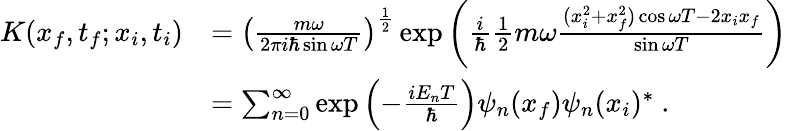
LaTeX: {\begin{array}{rl}{K(x_{f},t_{f};x_{i},t_{i})}&{=\left({\frac{m\omega}{2\pi i\hbar\sin\omega T}}\right)^{\frac{1}{2}}\exp{\left({\frac{i}{\hbar}}{\frac{1}{2}}m\omega{\frac{(x_{i}^{2}+x_{f}^{2})\cos\omega T-2x_{i}x_{f}}{\sin\omega T}}\right)}}\\ &{=\sum_{n=0}^{\infty}\exp{\left(-{\frac{iE_{n}T}{\hbar}}\right)}\psi_{n}(x_{f})\psi_{n}(x_{i})^{*}~.}\end{array}}